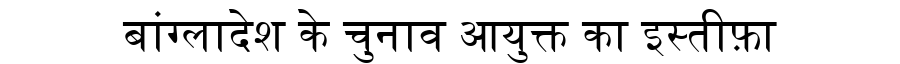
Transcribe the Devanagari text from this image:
बांग्लादेश के चुनाव आयुक्त का इस्तीफ़ा